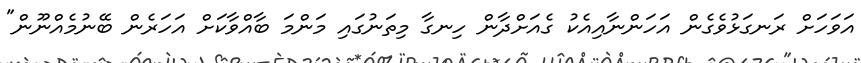
އަވަހަށް ރަނގަޅުވެގެން އަހަންނާއިއެކު ގެއަށްދާން ހިނގާ މިތަނުގައި މަންމަ ބާއްވާކަށް އަހަރެން ބޭނުމެއްނޫން"